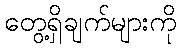
တွေ့ရှိချက်များကို